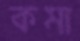
কমা